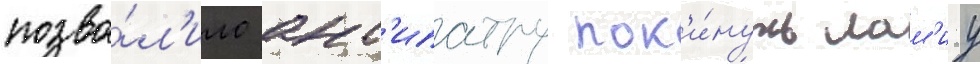
позво́л'ило ант'ипатру пок'и́нуть лам'иу